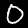
Digit: 0